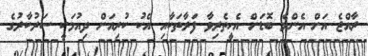
ރާއްޖެ އަށް އެންމެ ބޮޑަށް އެހީތެރިވާ ފަރާތަކާއި އެކު ކުރިއަށް ދިއުމަކީ ސަރުކާރުގެ